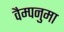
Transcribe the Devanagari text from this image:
वैम्पनुमा